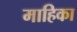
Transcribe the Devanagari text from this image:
माहिका